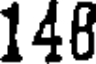
148